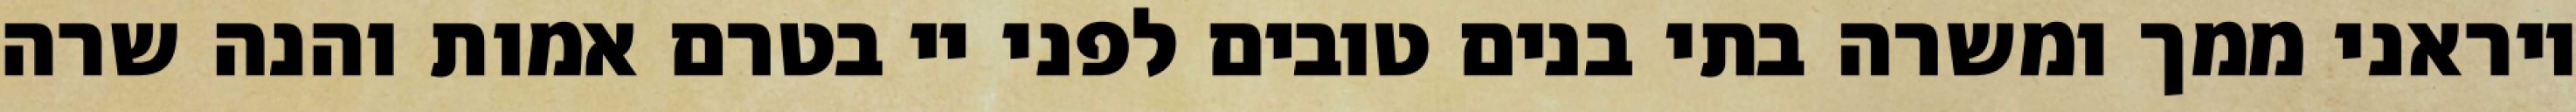
ויראני ממך ומשרה בתי בנים טובים לפני יי בטרם אמות והנה שרה